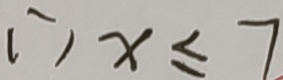
\therefore x \leq 7